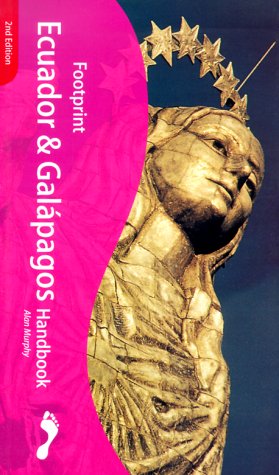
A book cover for Footprint Ecuador Handbook: The Travel Guide; Alan Murphy; Travel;